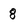
Character: 8